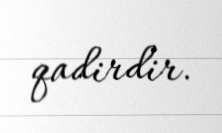
qadirdir.